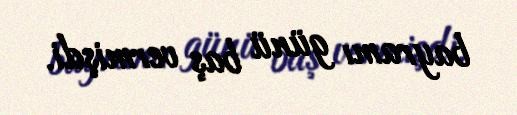
bayramı günü baş vermişdi.